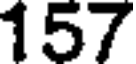
157